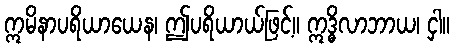
ဣမိနာပရိယာယေန၊ ဤပရိယာယ်ဖြင့်။ ဣဒ္ဓိလာဘာယ၊ ငှါ။